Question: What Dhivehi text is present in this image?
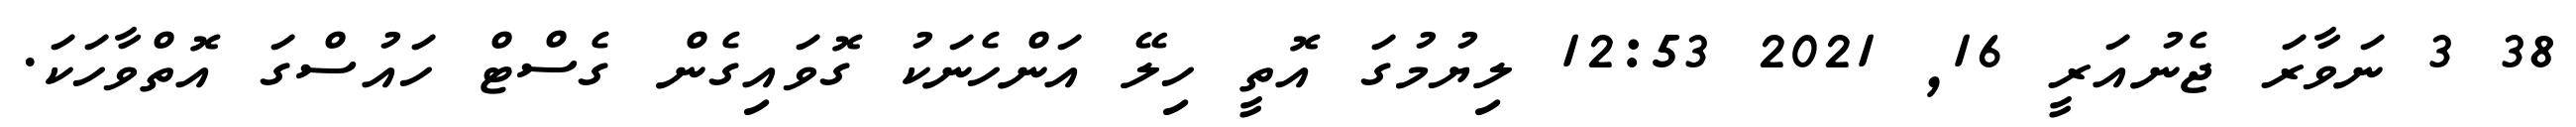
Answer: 38 3 ނަވާރަ ޖެނުއަރީ 16, 2021 12:53 ލިޔުމުގަ އޮތީ ހިލޭ އަންހެނަކު ގޮވައިގެން ގެސްޓް ހައުސްގަ އޮތްވާހަކަ.